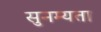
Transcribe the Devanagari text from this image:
सुनम्यता